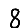
Digit: 8